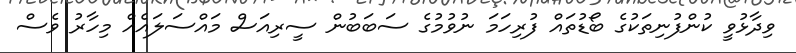
ވިދާޅުވީ ކުންފުނިތަކުގެ ބޯޑުތައް ފުރިހަމަ ނުވުމުގެ ސަބަބުން ސީރިއަސް މައްސަލައެއް މިހާރު ވެސް